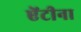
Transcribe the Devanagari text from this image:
ऐंटीना